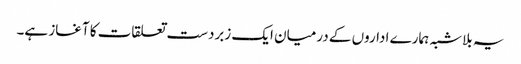
یہ بلاشبہ ہمارے اداروں کے درمیان ایک زبردست تعلقات کا آغاز ہے۔